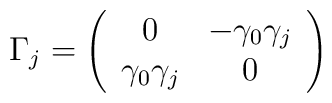
\Gamma_j =\left(\begin{array}{cc} 0&-\gamma_0\gamma_j\\\gamma_0\gamma_j&0\end{array}\right)